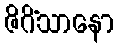
ဇိဂိံသာနော